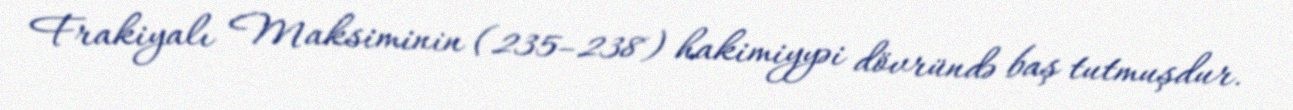
Frakiyalı Maksiminin (235–238) hakimiyyəi dövründə baş tutmuşdur.